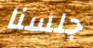
جلسنا